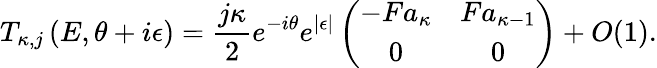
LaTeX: T_{\kappa,j}\left(E,\theta+i\epsilon\right)=\frac{j\kappa}{2}e^{-i\theta}e^{|\epsilon|}\left(\begin{array}{cc}{-Fa_{\kappa}}&{Fa_{\kappa-1}}\\ {0}&{0}\end{array}\right)+O(1).